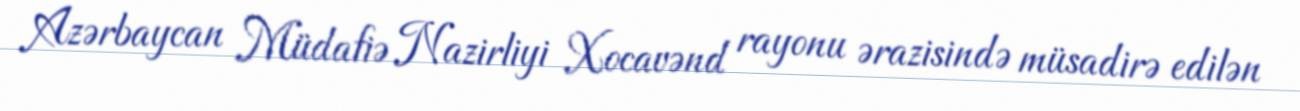
Azərbaycan Müdafiə Nazirliyi Xocavənd rayonu ərazisində müsadirə edilən